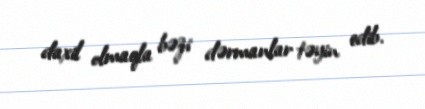
daxil olmaqla bəzi dərmanlar təyin edib.